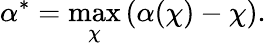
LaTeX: \alpha^{*}=\operatorname*{max}_{\chi}\left(\alpha(\chi)-\chi\right).